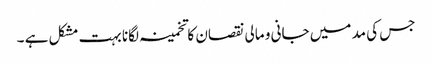
جس کی مد میں جانی و مالی نقصان کا تخمینہ لگانا بہت مشکل ہے ۔